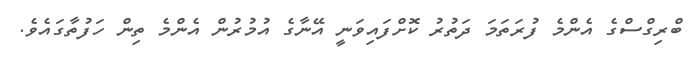
ބްރިގްސްގެ އެންމެ ފުރަތަމަ ދަތުރު ކޮށްފައިވަނީ އޭނާގެ އުމުރުން އެންމެ ތިން ހަފުތާގައެވެ.